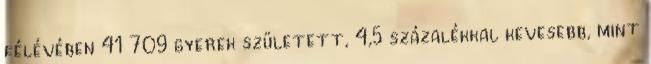
félévében 41 709 gyerek született, 4,5 százalékkal kevesebb, mint